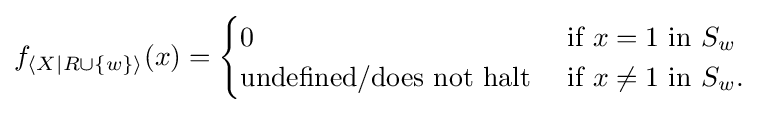
f_{\langle X|R\cup \{w\}\rangle }(x)={\begin{cases}0&{\text{if}}\ x=1\ {\text{in}}\ S_{w}\\{\text{undefined/does not halt}}\ &{\text{if}}\ x\neq 1\ {\text{in}}\ S_{w}.\end{cases}}